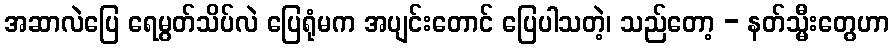
အဆာလဲပြေ ရေမွတ်သိပ်လဲ ပြေရုံမက အပျင်းတောင် ပြေပါသတဲ့၊ သည်တော့ - နတ်သ္မီးတွေဟာ